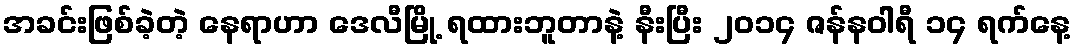
အခင်းဖြစ်ခဲ့တဲ့ နေရာဟာ ဒေလီမြို့ ရထားဘူတာနဲ့ နီးပြီး ၂၀၁၄ ဇန်နဝါရီ ၁၄ ရက်နေ့